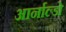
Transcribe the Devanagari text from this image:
आर्नाल्डो